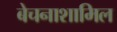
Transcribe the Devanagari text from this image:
बेचनाशामिल